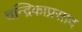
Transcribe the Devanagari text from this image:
चन्द्रिकाप्रसाद